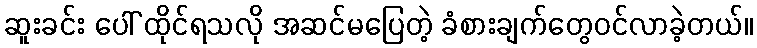
ဆူးခင်း ပေါ် ထိုင်ရသလို အဆင်မပြေတဲ့ ခံစားချက်တွေဝင်လာခဲ့တယ်။